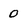
Character: 0